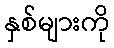
နှစ်များကို